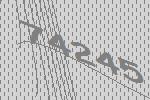
74245